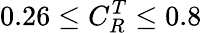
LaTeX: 0.26\leq C_{R}^{T}\leq 0.8